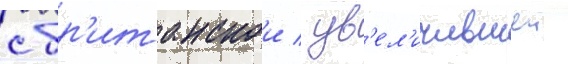
с бр'итанскои / ув'ел'ичившеи